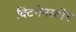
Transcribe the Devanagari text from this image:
विटगेनस्टीन